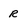
Character: R